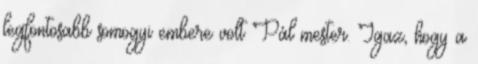
legfontosabb somogyi embere volt Pál mester. Igaz, hogy a